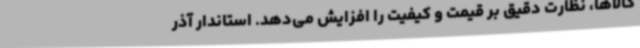
کالاها، نظارت دقیق بر قیمت و کیفیت را افزایش می‌دهد. استاندار آذر